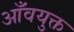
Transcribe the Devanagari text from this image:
आँवयुक्त